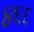
૪૬૬